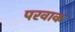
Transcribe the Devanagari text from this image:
परवाक